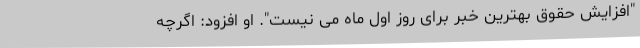
"افزایش حقوق بهترین خبر برای روز اول ماه می نیست". او افزود: اگرچه